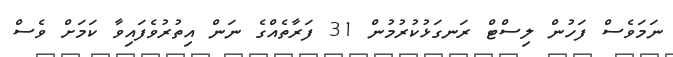
ނަމަވެސް ފަހުން ލިސްޓް ރަނގަޅުކުރުމުން 31 ފަރާތެއްގެ ނަން އިތުރުވެފައިވާ ކަމަށް ވެސް